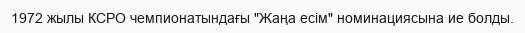
1972 жылы КСРО чемпионатындағы "Жаңа есім" номинациясына ие болды.